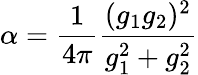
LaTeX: \alpha={\frac{1}{4\pi}}{\frac{(g_{1}g_{2})^{2}}{g_{1}^{2}+g_{2}^{2}}}